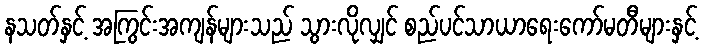
နသတ်နှင့် အကြွင်းအကျန်များသည် သွားလိုလျှင် စည်ပင်သာယာရေးကော်မတီများနှင့်